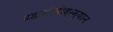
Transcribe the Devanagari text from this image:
घडामोडींदरम्यान